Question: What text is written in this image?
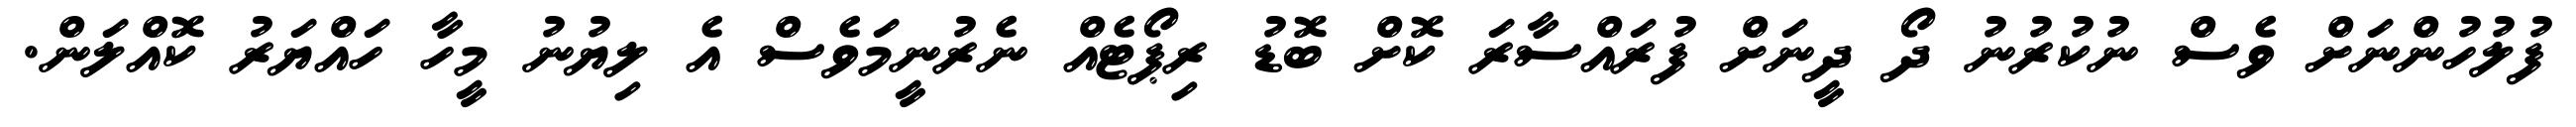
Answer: ފުލުހުންނަށް ވެސް ނުކުރުނު ދޯ ދީނަށް ފުރައްސާރަ ކޮށް ބޮޑު ރިޕޯޓެއް ނެރުނީމަވެސް އެ ލިޔުނު މީހާ ހައްޔަރު ކޮއްލަން.